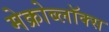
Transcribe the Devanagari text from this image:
मेक्रोब्लॉक्स